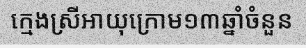
ក្មេងស្រីអាយុក្រោម១៣ឆ្នាំចំនួន